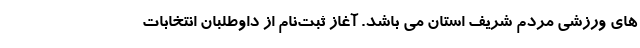
های ورزشی مردم شریف استان می باشد. آغاز ثبت‌نام از داوطلبان انتخابات